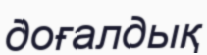
доғалдық